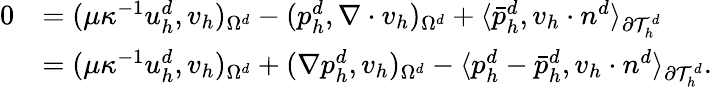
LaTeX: \begin{array}{rl}{0}&{=(\mu\kappa^{-1}u_{h}^{d},v_{h})_{\Omega^{d}}-(p_{h}^{d},\nabla\cdot v_{h})_{\Omega^{d}}+\langle\bar{p}_{h}^{d},v_{h}\cdot n^{d}\rangle_{\partial\mathcal{T}_{h}^{d}}}\\ &{=(\mu\kappa^{-1}u_{h}^{d},v_{h})_{\Omega^{d}}+(\nabla p_{h}^{d},v_{h})_{\Omega^{d}}-\langle p_{h}^{d}-\bar{p}_{h}^{d},v_{h}\cdot n^{d}\rangle_{\partial\mathcal{T}_{h}^{d}}.}\end{array}